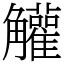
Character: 䚭